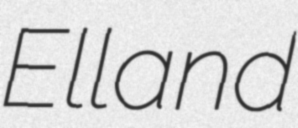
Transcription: Elland